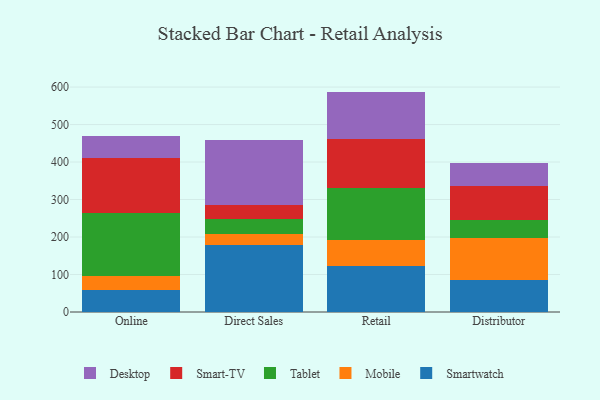
{"axis": {"x": "Channel", "y": "Customer Acquisition Cost (USD)"}, "legend": ["Desktop", "Mobile", "Smart-TV", "Smartwatch", "Tablet"], "data": [{"x": "Online", "y": 58.8, "type": "Smartwatch"}, {"x": "Online", "y": 37.5, "type": "Mobile"}, {"x": "Online", "y": 169.1, "type": "Tablet"}, {"x": "Online", "y": 144.9, "type": "Smart-TV"}, {"x": "Online", "y": 60.5, "type": "Desktop"}, {"x": "Direct Sales", "y": 179.6, "type": "Smartwatch"}, {"x": "Direct Sales", "y": 27.9, "type": "Mobile"}, {"x": "Direct Sales", "y": 39.3, "type": "Tablet"}, {"x": "Direct Sales", "y": 38.5, "type": "Smart-TV"}, {"x": "Direct Sales", "y": 173.8, "type": "Desktop"}, {"x": "Retail", "y": 122.5, "type": "Smartwatch"}, {"x": "Retail", "y": 70.7, "type": "Mobile"}, {"x": "Retail", "y": 136.7, "type": "Tablet"}, {"x": "Retail", "y": 131.8, "type": "Smart-TV"}, {"x": "Retail", "y": 126.2, "type": "Desktop"}, {"x": "Distributor", "y": 84.2, "type": "Smartwatch"}, {"x": "Distributor", "y": 114.0, "type": "Mobile"}, {"x": "Distributor", "y": 48.5, "type": "Tablet"}, {"x": "Distributor", "y": 88.7, "type": "Smart-TV"}, {"x": "Distributor", "y": 62.3, "type": "Desktop"}]}